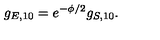
g _ { E , 1 0 } = e ^ { - \phi / 2 } g _ { S , 1 0 } .